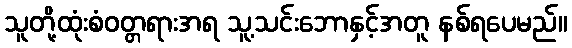
သူတို့ထုံးစံဝတ္တရားအရ သူ့သင်းဘောနှင့်အတူ နစ်ရပေမည်။